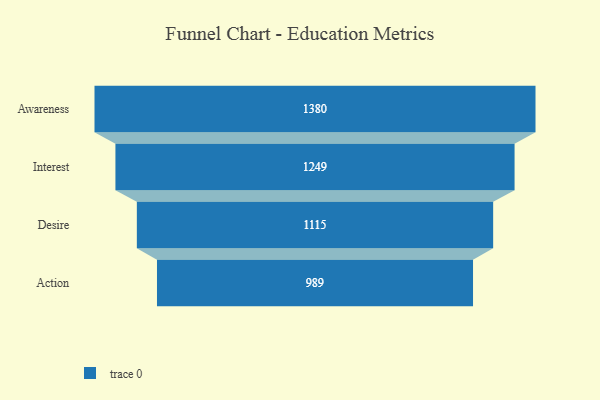
{"axis": {"x": "Stage", "y": "Value"}, "legend": [""], "data": [{"x": "Awareness", "y": 1380.0, "type": ""}, {"x": "Interest", "y": 1249.0, "type": ""}, {"x": "Desire", "y": 1115.0, "type": ""}, {"x": "Action", "y": 989.0, "type": ""}]}